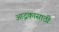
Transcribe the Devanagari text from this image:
आद्रकासाठी